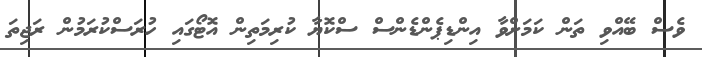
ވެސް ބޭއްވި ތަން ކަމަށްވާ އިންޑިޕެންޑެންސް ސްކޮޔާ ކުރިމަތިން އޮޓޯގައި ހުރަސްކުރަމުން ރަޖިތަ